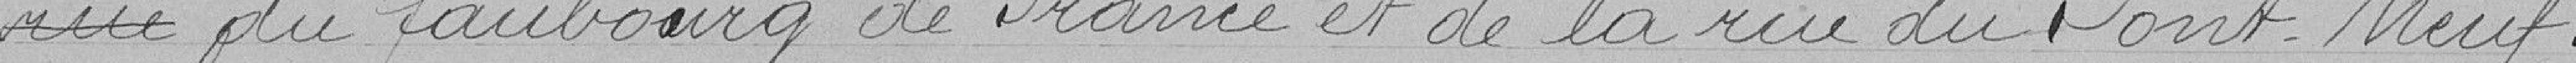
rue du faubourg de France et de la rue du Pont Neuf .